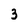
Character: 3